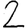
Digit: 2